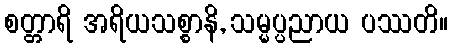
စတ္တာရိ အရိယသစ္စာနိ, သမ္မပ္ပညာယ ပဿတိ။